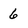
Character: 6